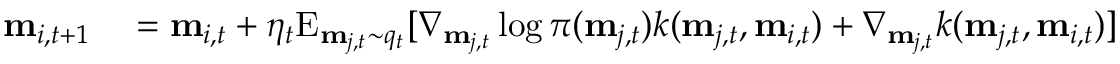
\begin{array} { r l } { \mathbf { m } _ { i , t + 1 } } & { { } = \mathbf { m } _ { i , t } + \eta _ { t } \mathrm { E } _ { \mathbf { m } _ { j , t } \sim q _ { t } } [ \nabla _ { \mathbf { m } _ { j , t } } \log \pi ( \mathbf { m } _ { j , t } ) k ( \mathbf { m } _ { j , t } , \mathbf { m } _ { i , t } ) + \nabla _ { \mathbf { m } _ { j , t } } k ( \mathbf { m } _ { j , t } , \mathbf { m } _ { i , t } ) ] } \end{array}